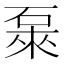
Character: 𥓜